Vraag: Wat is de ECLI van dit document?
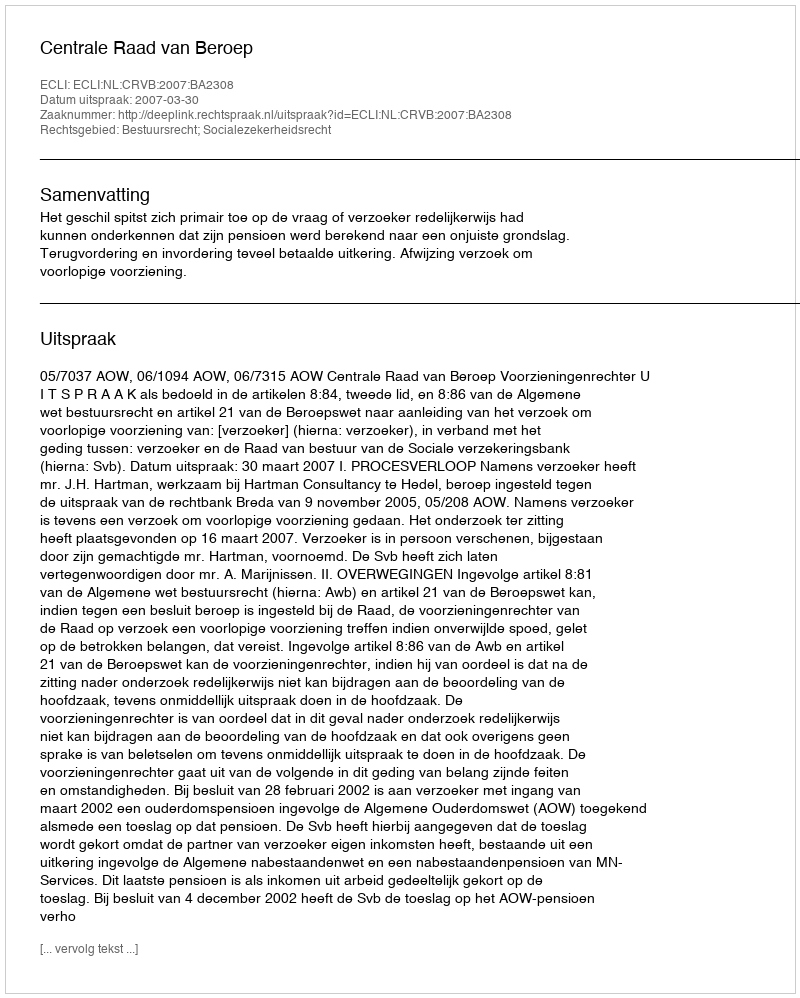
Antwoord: ECLI:NL:CRVB:2007:BA2308